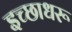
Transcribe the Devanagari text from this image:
इच्छाधरू